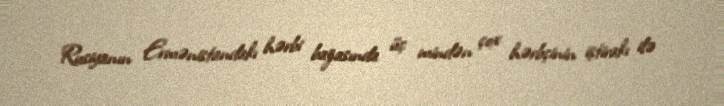
Rusiyanın Ermənistandakı hərbi bazasında üç mindən çox hərbçinin iştirakı ilə